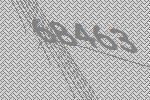
68463